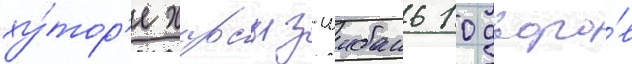
ху́тор'е харсыз-шибань 10 дворо́в